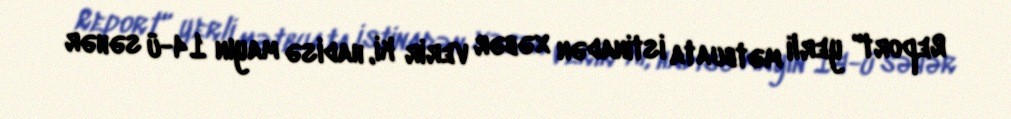
Report" yerli mətbuata istinadən xəbər verir ki, hadisə mayın 14-ü səhər